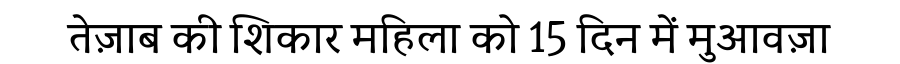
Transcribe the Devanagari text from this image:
तेज़ाब की शिकार महिला को 15 दिन में मुआवज़ा